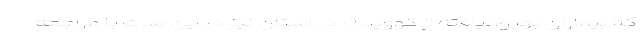
که بیماران بهبودیافته از کووید ۱۹ در استان نیز در این مدت با مراجعه